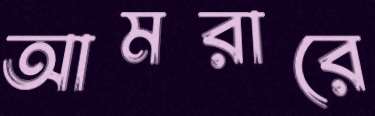
আমরারে